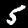
Digit: 5